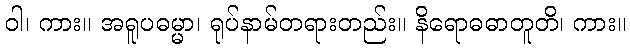
ဝါ၊ ကား။ အရူပဓမ္မာ၊ ရုပ်နာမ်တရားတည်း။ နိရောဓဓာတူတိ၊ ကား။